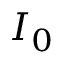
I _ { 0 }